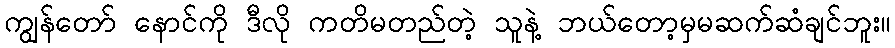
ကျွန်တော် နောင်ကို ဒီလို ကတိမတည်တဲ့ သူနဲ့ ဘယ်တော့မှမဆက်ဆံချင်ဘူး။